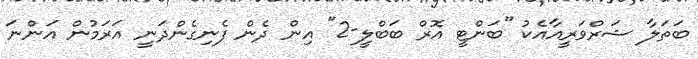
ބަތަލާ ޝަރްވަރީއާއެކު "ބަންޓީ އޮރް ބަބްލީ-2" އިން ދެން ފެނިގެންދަނީ އަރަމުން އަންނަ